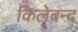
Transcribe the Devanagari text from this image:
किलेबन्द